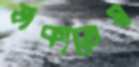
ডাকাতেম